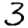
Digit: 3